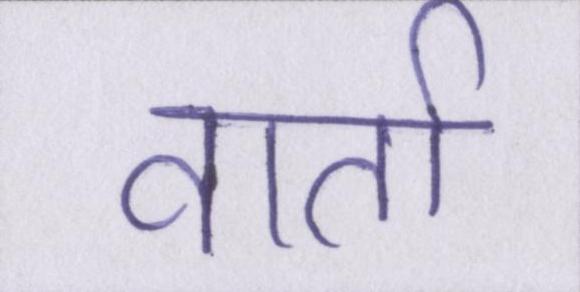
वार्ता